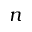
n